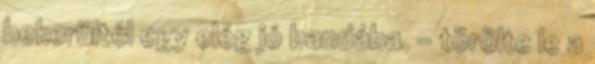
bekerültél egy elég jó bandába. - törölte le a